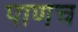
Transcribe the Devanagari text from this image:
पाणच